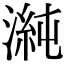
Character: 𭱴